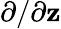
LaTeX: \partial/\partial\mathbf{z}